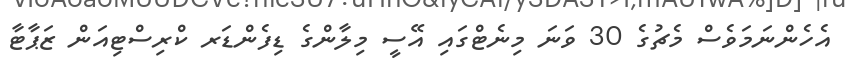
އެހެންނަމަވެސް މެޗުގެ 30 ވަނަ މިނެޓްގައި އޭސީ މިލާންގެ ޑިފެންޑަރ ކްރިސްޓިއަން ޒަޕާޓާ